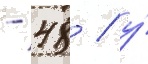
- 48 / у́